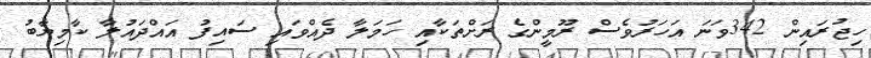
ހިޖުރައިން 342ވަނަ އަހަރުވެސް ރޫމީންގެ ރަށްތަކާއި ހަމަލާ ދެއްވައި ސައިފު އައްދައުލާ ކާމިޔާބު